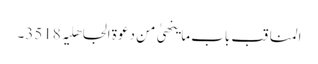
المناقب باب ما ینھیٰ من دعوۃ الجاھلیہ 3518۔